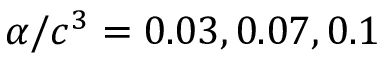
\alpha / c ^ { 3 } = { 0 . 0 3 , 0 . 0 7 , 0 . 1 }